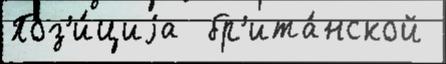
Поз'и́циjа  бр'ита́нской